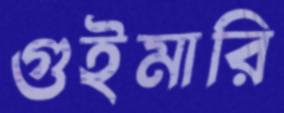
গুইমারি